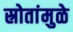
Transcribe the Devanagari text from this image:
स्रोतांमुळे